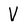
Character: V